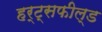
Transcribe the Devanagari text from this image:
हर्ट्सफील्ड